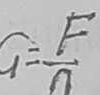
G = \frac { F } { n }